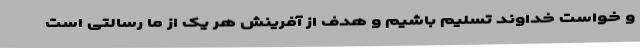
و خواست خداوند تسلیم باشیم و هدف از آفرینش هر یک از ما رسالتی است